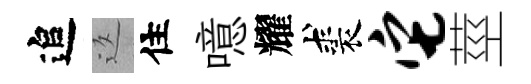
追返住噫耀裘它莖